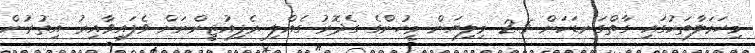
މިހަމަލާތަކުގައި ގާތްގަނޑަކަށް 2.5 މިލިޔަން މީހުންގެ ގެދޮރު ގެއްލި ރެފިއުޖީންނަށް ވެފައިވާއިރު އިތުރުން